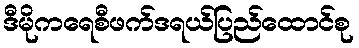
ဒီမိုကရေစီဖက်ဒရယ်ပြည်ထောင်စု